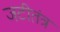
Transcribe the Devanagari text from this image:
जटीतंत्र